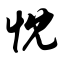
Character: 忱